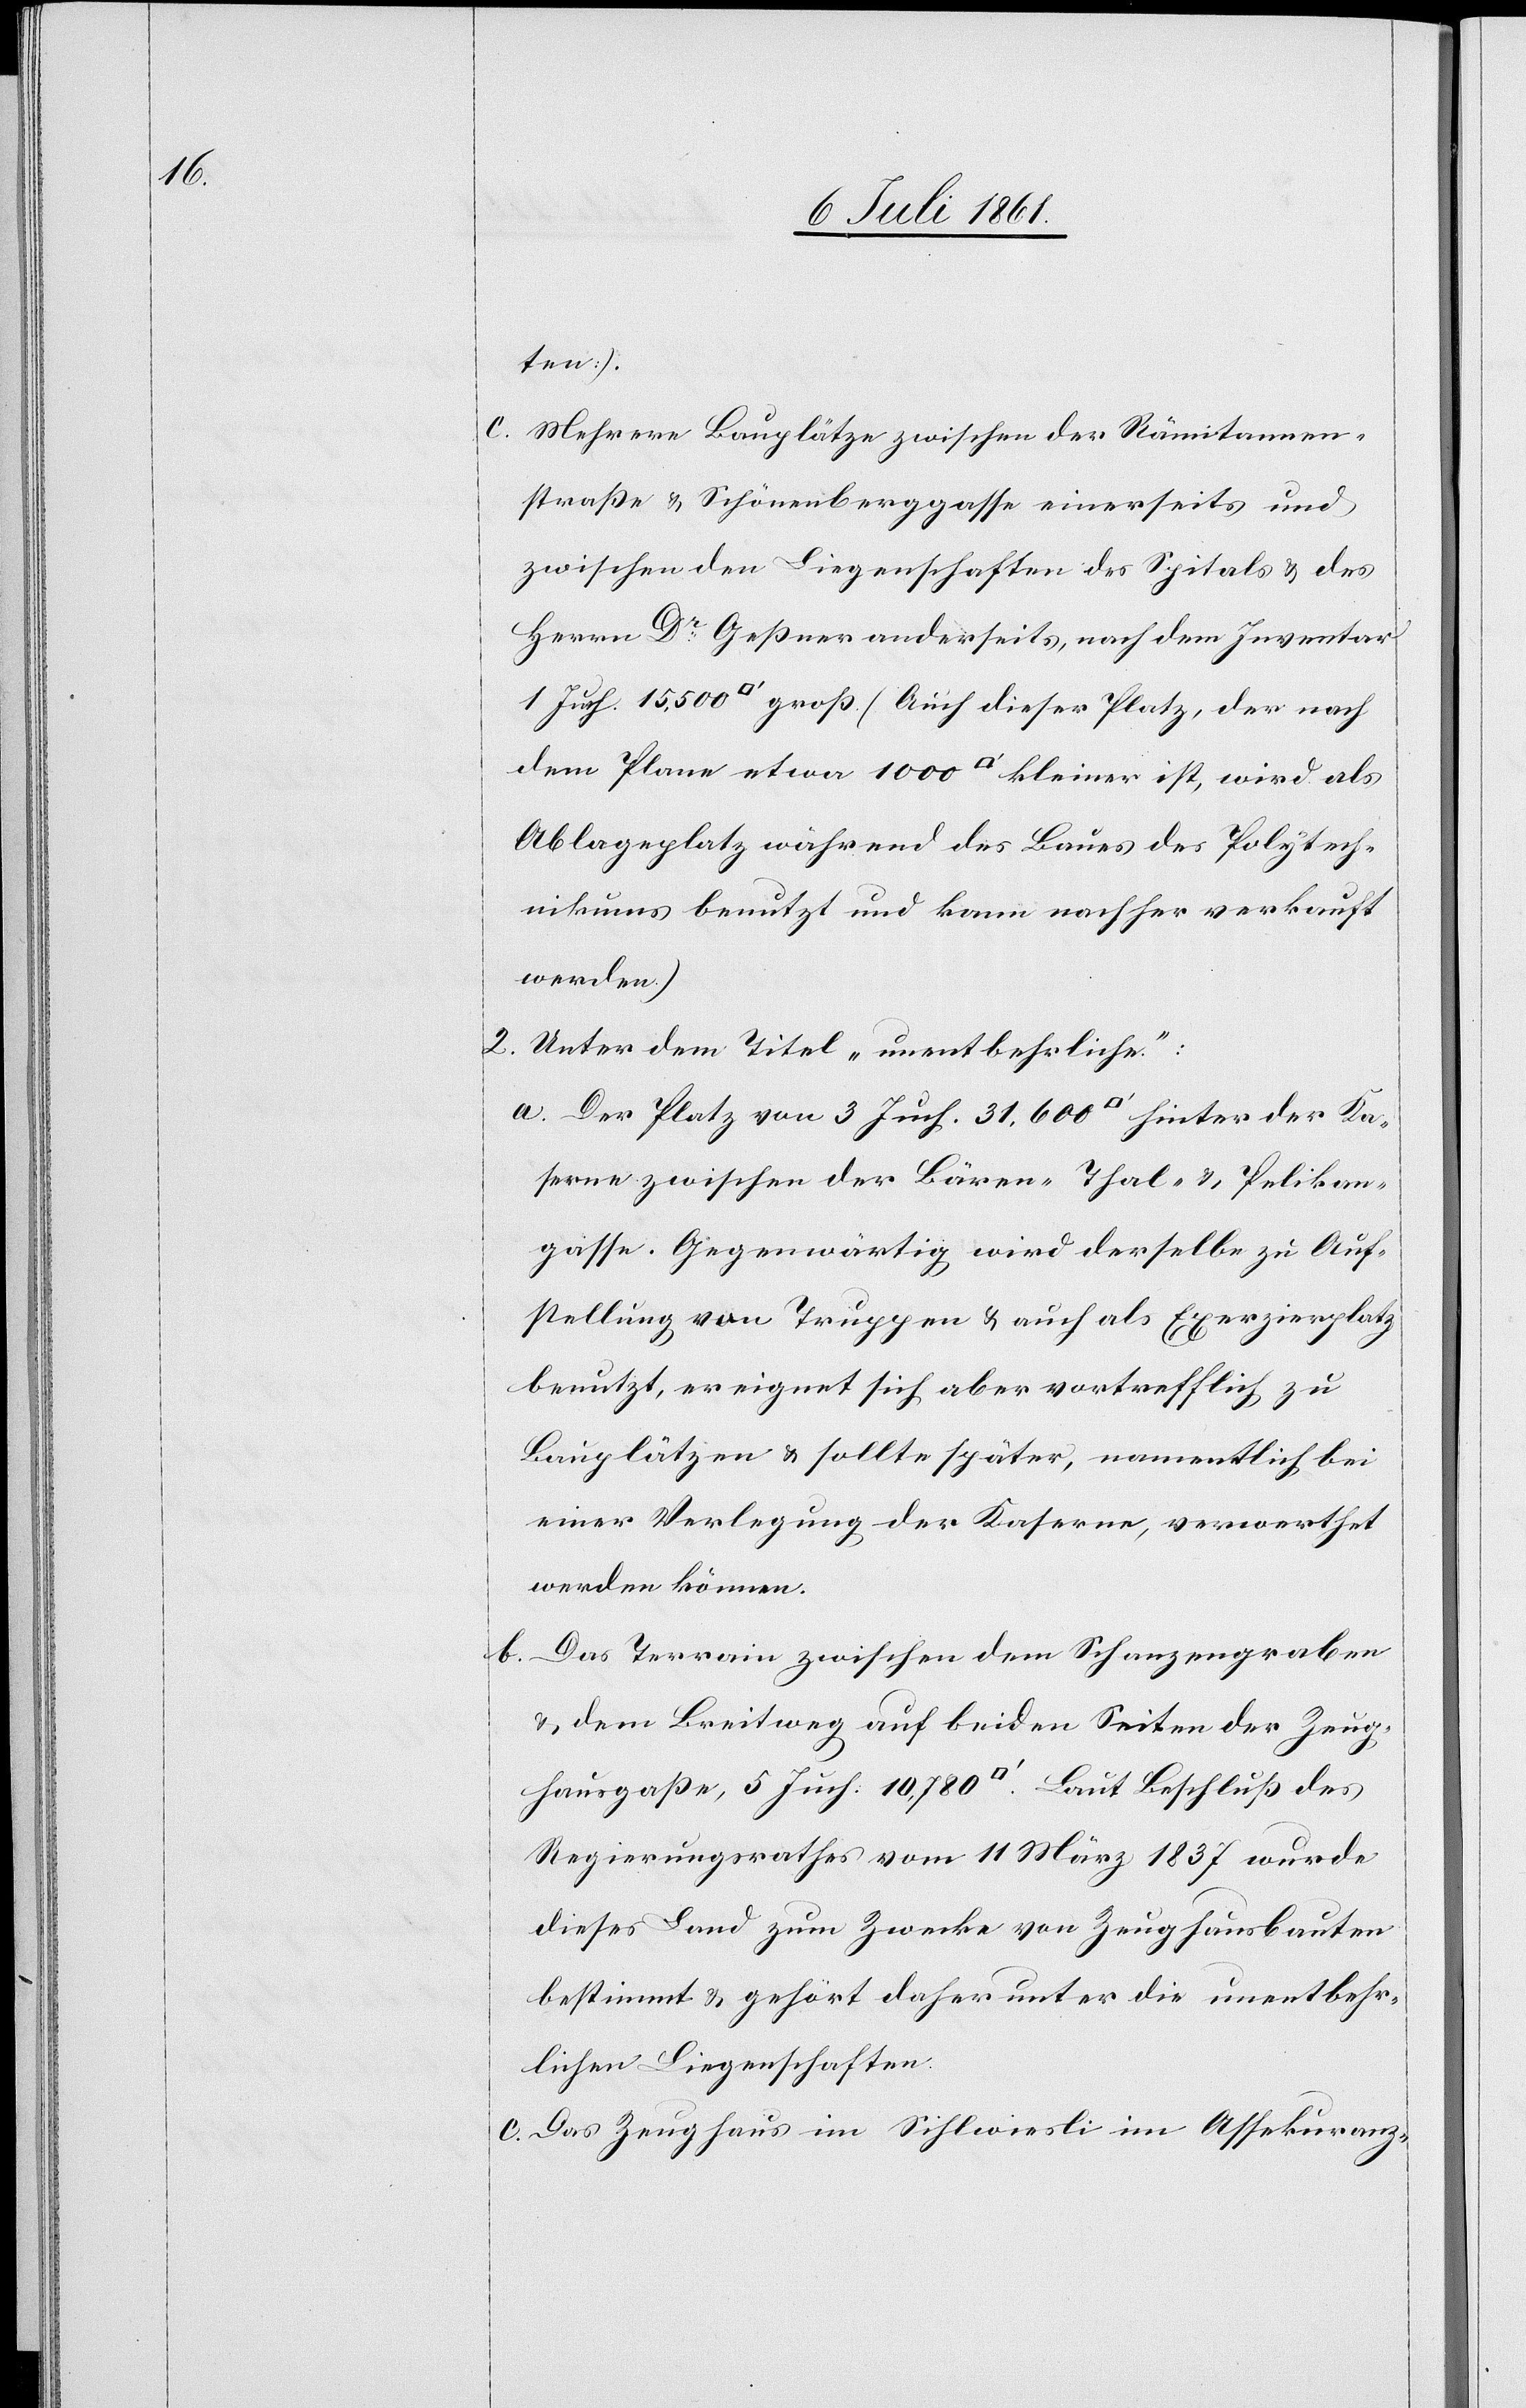
ten).
c. Mehrere Bauplätze zwischen der Rämitannen¬
straße u. Schönenberggasse einerseits und
zwischen den Liegenschaften des Spitals u. des
Herrn Dr Geßner anderseits, nach dem Inventar
dem Plane etwa 1000 [Quadratfuß] kleiner ist, wird als
Ablageplatz während des Baues des Polytech¬
nikums benutzt und kann nachher verkauft
werden).
2. Unter dem Titel „unentbehrliche“:
a. Der Platz von 3 Juch. 31,600 [Quadratfuß] hinter der Ka¬
serne zwischen der Bären- Thal- u. Pelikan¬
gasse. Gegenwärtig wird derselbe zu Auf¬
stellung von Truppen u. auch als Exerzierplatz
benutzt, er eignet sich aber vortrefflich zu
Bauplätzen u. es sollte später, namentlich bei
einer Verlegung der Kaserne, verwerthet
werden können.
b. Das Terrain zwischen dem Schanzengraben
u. dem Breitweg auf beiden Seiten der Zeug¬
hausgaße, 5 Juch. 10,780 [Quadratfuß]. Laut Beschluß des
Regierungsrathes vom 11 März 1837 wurde
dieses Land zum Zwecke von Zeughausbauten
bestimmt u. gehört daher unter die unentbehr¬
lichen Liegenschaften.
c. Das Zeughaus im Sihlwiesli im Assekuranz-